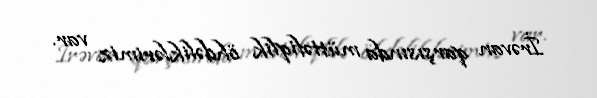
İrəvan qarşısında müttəfiqlik öhdəliklərimiz var.